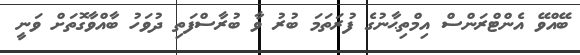
ބޭއްވޭ އެންޓްރަންސް އިމްތިޙާނުގެ ފުރަތަމަ ބުރު ވާ ބުރާސްފަތި ދުވަހު ބާއްވާގޮތަށް ވަނީ